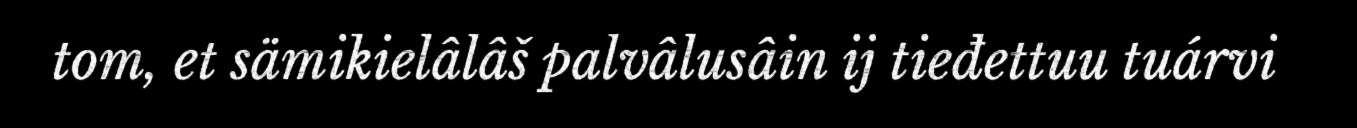
tom, et sämikielâlâš palvâlusâin ij tieđettuu tuárvi